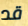
قد